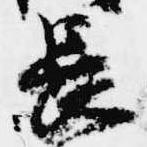
長